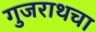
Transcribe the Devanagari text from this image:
गुजराथचा